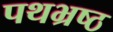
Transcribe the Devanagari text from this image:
पथभ्रष्ठ